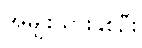
အမျိုးသားနှစ်ဦး